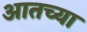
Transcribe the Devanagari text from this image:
आतच्या